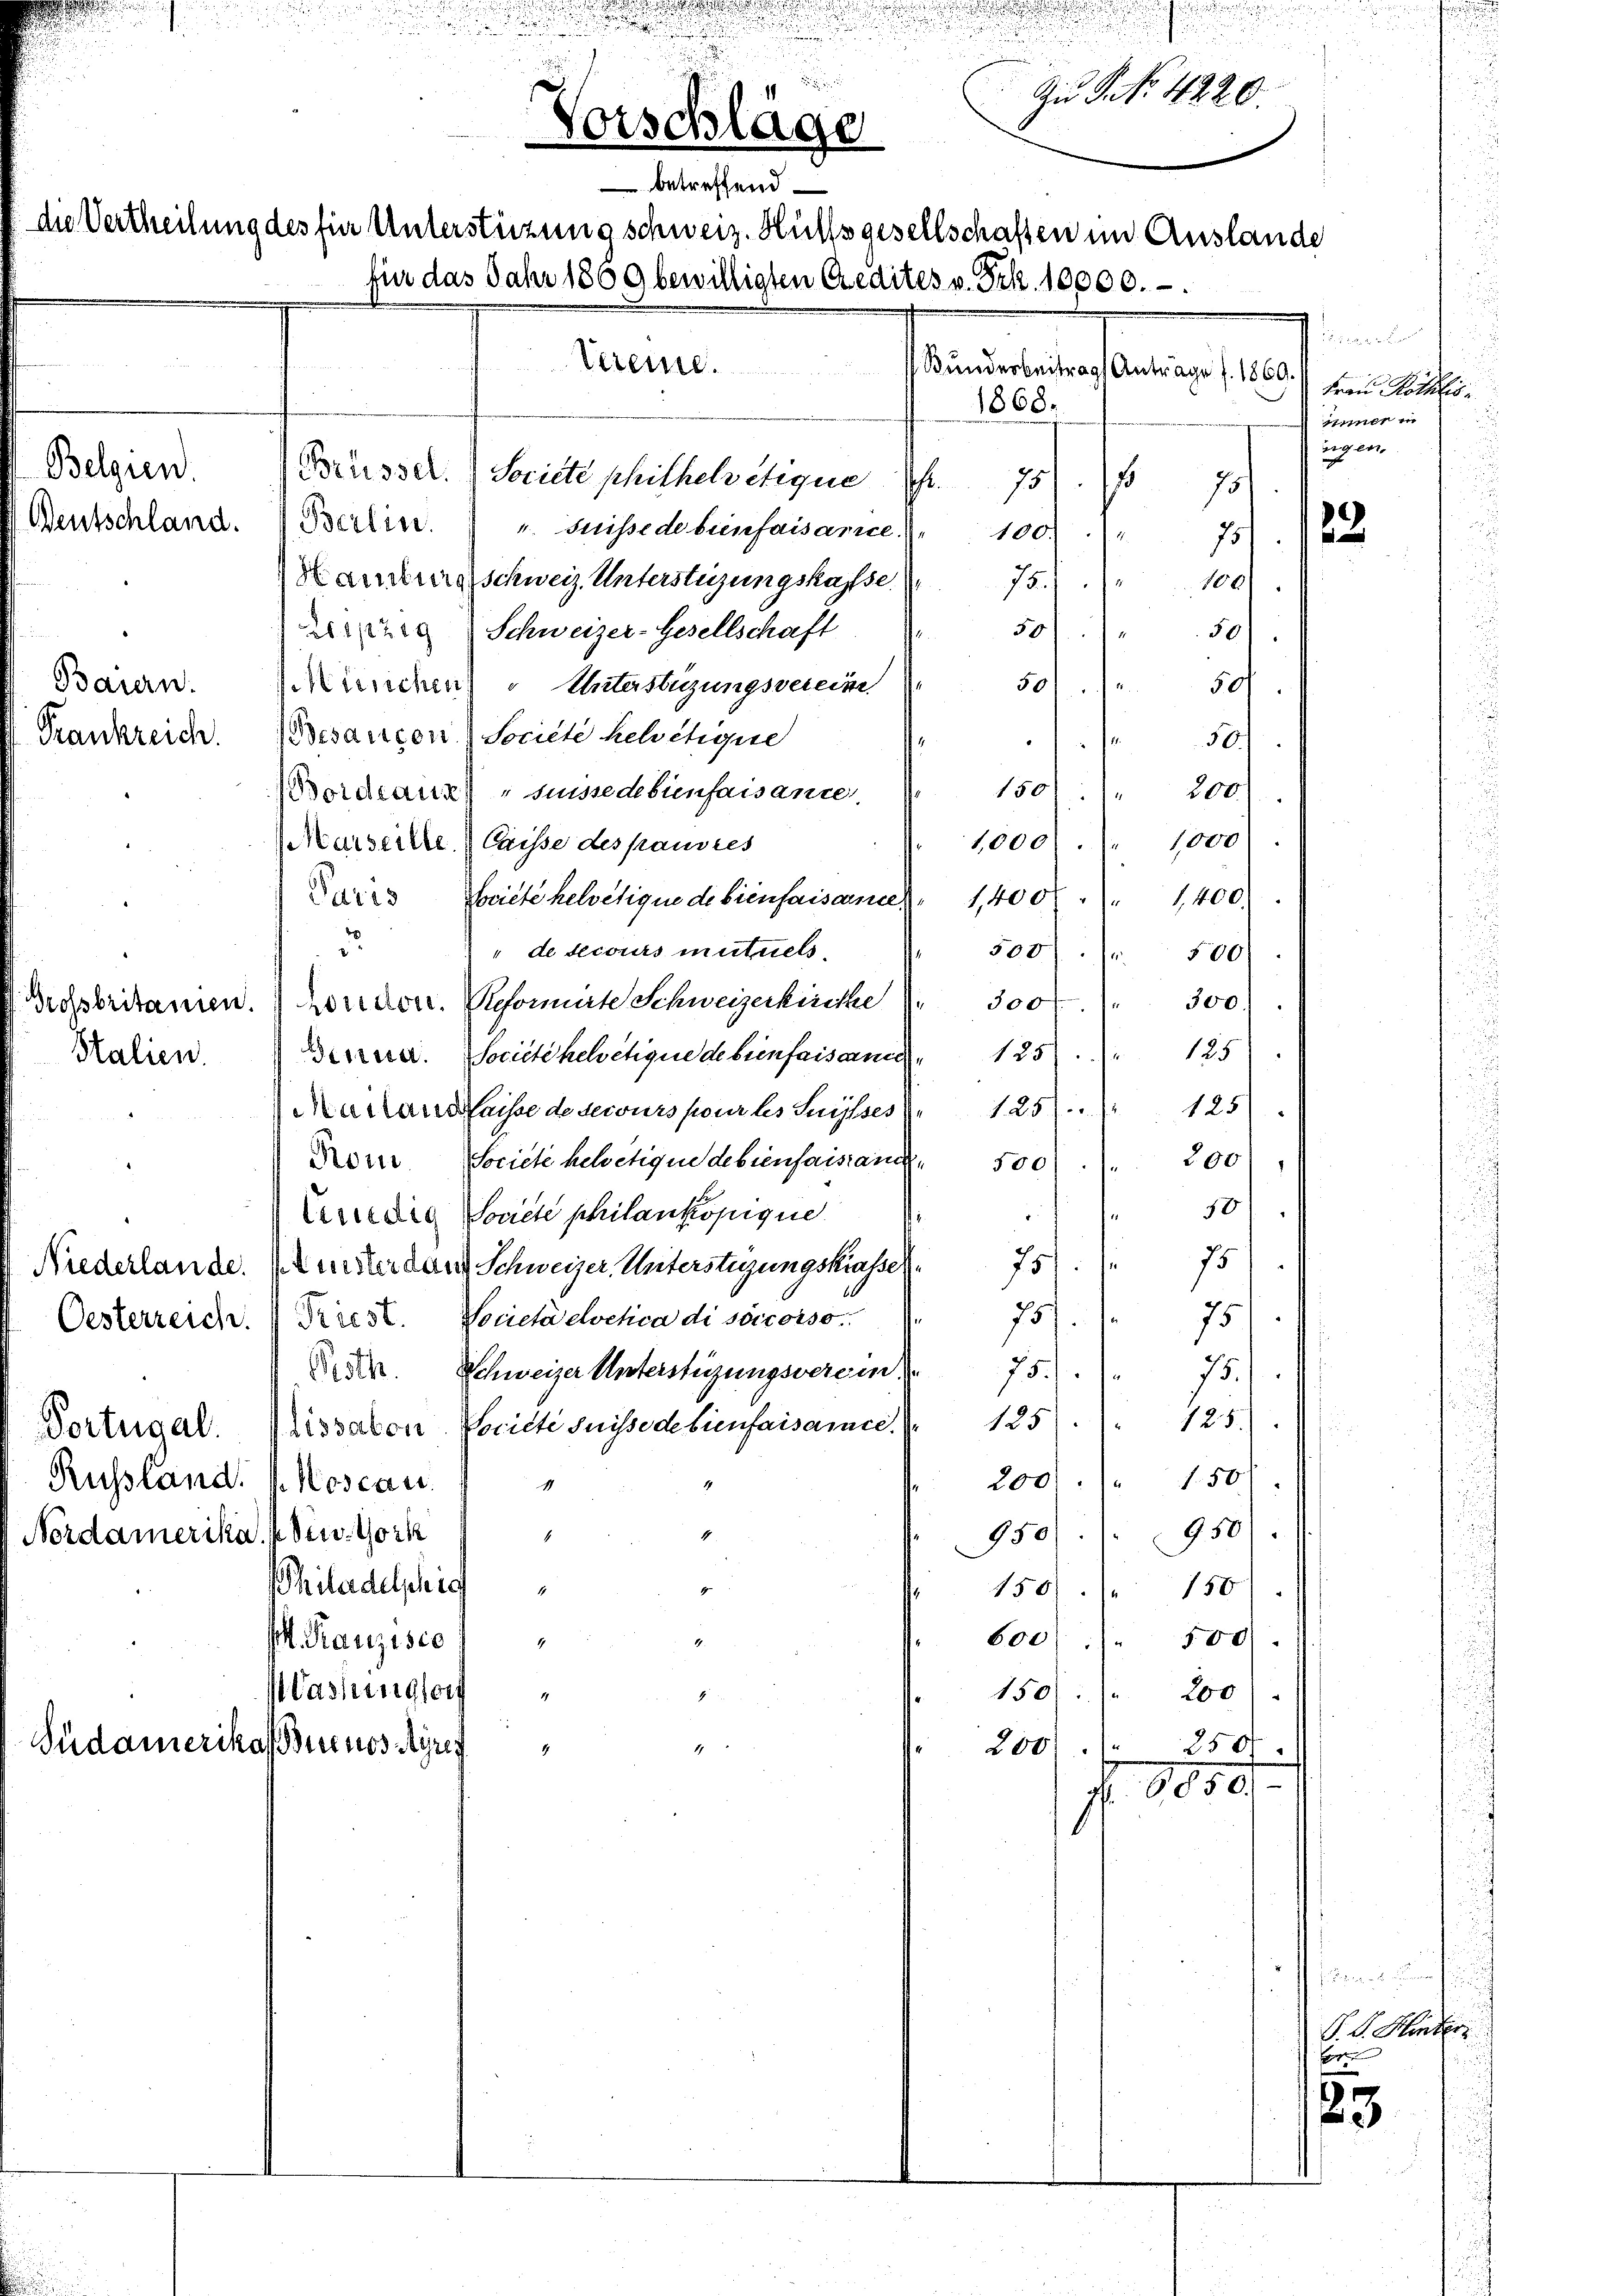
Vorschläge
 betreffend
die Vertheilung des für Unterstüzung schweiz. Hülfsgesellschaften im Auslande
für das Jahr 1869 bewilligten Credites v. Frk. 10000.-
Vereie.

Bauern.

Belgien.
Beutschland.

.

1868.
Busser. Societe phithelvetique
75)
Berlin " " Suisse debenfaisance.
100.
e
anderraschweiz. Unterstüzungskasse
75.)
Schweizer-Gesellschaft
1/219
50)
iichen Unterstüzungsverein
501.
Frankreich. Besaucon - Societe helvetigen
¬
150 " 200
Bordeaus) " Suissedebinfaisance.
1,000
Marseilte laisse des pauvres
Paris
Societe helvetique de bienfaisammes. 1,400 " 1,400
d
de secours mutuels
500) 500
Borror. Reformirte Schweizerkirche (
300f " 300
Grossbritamen.
125).
Derren. Société helvetique de bienfaisane
Stalien.
Mailans laisse de secours pour les Suisses 125. 125
Societe helvetigen de biensaisiani
Rom
500
Societe philankopique.
¬
d
Gnedig
75):
Niederlande. Durster dans Schweizer. Unterstigungsklassel
75
.
Società elvetica di soccorso
Oesterreich. Priest.
Pedr. Schweizer Unterstigungsverein . 751. 75.)
Dortugal. Lissabon-Poriete Suisse de bienfaisance. . 135. 125.
200. 150 f
Russland. (Koscan
1
950.
Nordamerika. 4 den Vork
4
hiladelschich
4
150f
 150
600 " 500).
. Kranzisie
4
assungsort
150: " 200
1
4
Südamerikas erinos Ayreg
200
4
f 8000.

.
.

n
u
i
Zu P. Nr. 4220

10

5

50
1000

950
250

d

isiren
Bunderbeitrags Antrage f. 1869.  Frau Kartof
inner in
Eigen.

1

125
200
50

2

P. D. Hinter
g

23